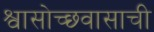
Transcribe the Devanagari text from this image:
श्वासोच्छ्वासाची